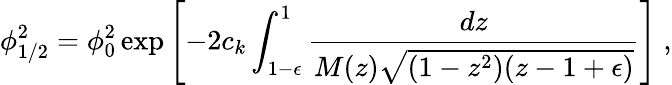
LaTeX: \phi_{1/2}^{2}=\phi_{0}^{2}\exp\left[-2c_{k}\int_{1-\epsilon}^{1}{\frac{dz}{M(z)\sqrt{(1-z^{2})(z-1+\epsilon)}}}\right]\ ,